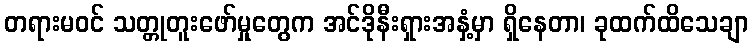
တရားမဝင် သတ္တုတူးဖော်မှုတွေက အင်ဒိုနီးရှားအနှံ့မှာ ရှိနေတာ၊ ခုထက်ထိသေချာ